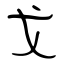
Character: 戈